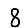
Digit: 8